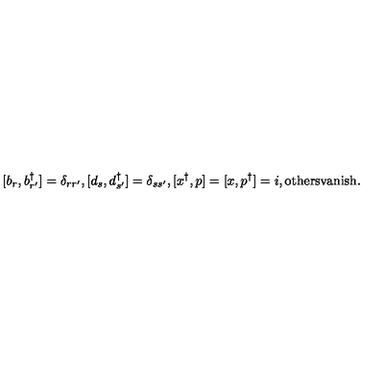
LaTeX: [ b _ { r } , b _ { r ^ { \prime } } ^ { \dagger } ] = \delta _ { r r ^ { \prime } } , [ d _ { s } , d _ { s ^ { \prime } } ^ { \dagger } ] = \delta _ { s s ^ { \prime } } , [ x ^ { \dagger } , p ] = [ x , p ^ { \dagger } ] = i , \mathrm { o t h e r s v a n i s h } .